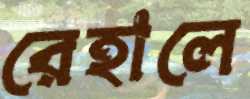
রেহালে